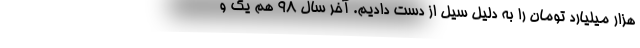
هزار میلیارد تومان را به دلیل سیل از دست دادیم. آخر سال ۹۸ هم یک و